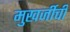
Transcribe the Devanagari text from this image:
मुखर्जीची